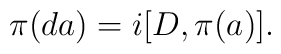
\pi(d a) = i[D, \pi(a)].